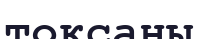
тоқсаны